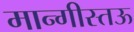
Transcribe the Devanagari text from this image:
मान्गीस्तऊ